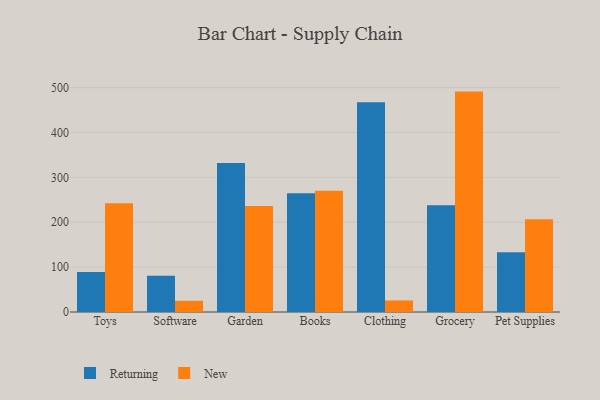
{"axis": {"x": "Category", "y": "Waste Production (Tons)"}, "legend": ["New", "Returning"], "data": [{"x": "Toys", "y": 89.1, "type": "Returning"}, {"x": "Toys", "y": 242.4, "type": "New"}, {"x": "Software", "y": 80.7, "type": "Returning"}, {"x": "Software", "y": 25.0, "type": "New"}, {"x": "Garden", "y": 332.0, "type": "Returning"}, {"x": "Garden", "y": 236.1, "type": "New"}, {"x": "Books", "y": 264.9, "type": "Returning"}, {"x": "Books", "y": 270.1, "type": "New"}, {"x": "Clothing", "y": 467.6, "type": "Returning"}, {"x": "Clothing", "y": 25.8, "type": "New"}, {"x": "Grocery", "y": 237.8, "type": "Returning"}, {"x": "Grocery", "y": 491.3, "type": "New"}, {"x": "Pet Supplies", "y": 133.4, "type": "Returning"}, {"x": "Pet Supplies", "y": 206.8, "type": "New"}]}